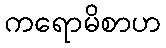
ကရောမိစာဟ